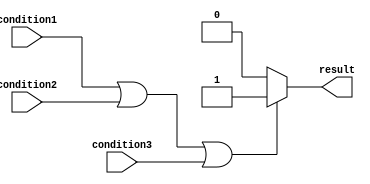
module behavioral_modeling_block (
    input wire condition1,
    input wire condition2,
    input wire condition3,
    output reg result
);

always @* begin
    if (condition1 || condition2 || condition3) begin
        // Execute block of code when any of the conditions are true
        result = 1;
    end else begin
        // Execute block of code when none of the conditions are true
        result = 0;
    end
end

endmodule